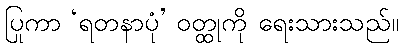
ပြုကာ ‘ရတနာပုံ’ ဝတ္ထုကို ရေးသားသည်။